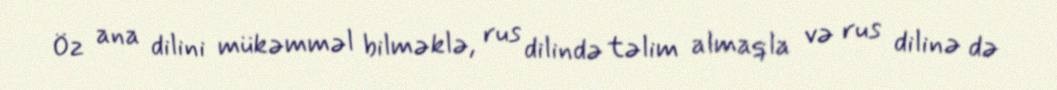
Öz ana dilini mükəmməl bilməklə, rus dilində təlim almaqla və rus dilinə də